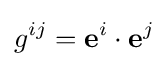
g^{ij}=\mathbf {e} ^{i}\cdot \mathbf {e} ^{j}